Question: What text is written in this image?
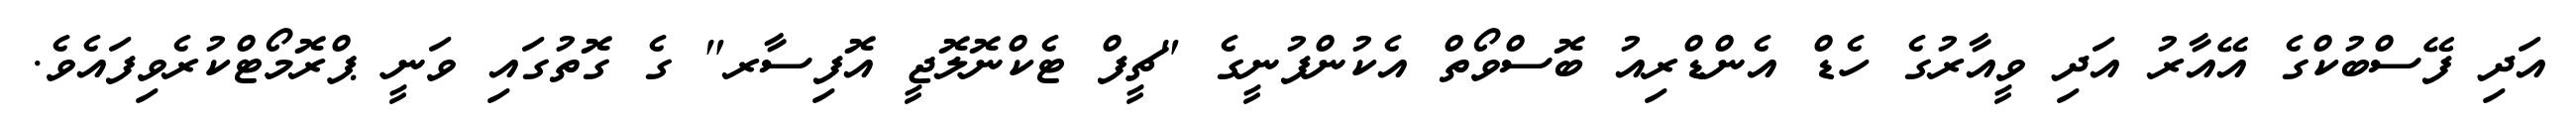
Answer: އަދި ފޭސްބުކްގެ އޭއާރު އަދި ވީއާރުގެ ހެޑް އެންޑްރިއު ބޮސްވޯތް އެކުންފުނީގެ "ޗީފް ޓެކްނޮލޮޖީ އޮފިސާރ" ގެ ގޮތުގައި ވަނީ ޕްރޮމޯޓްކުރެވިފައެވެ.